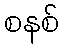
စနစ်